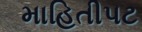
માહિતીપટ